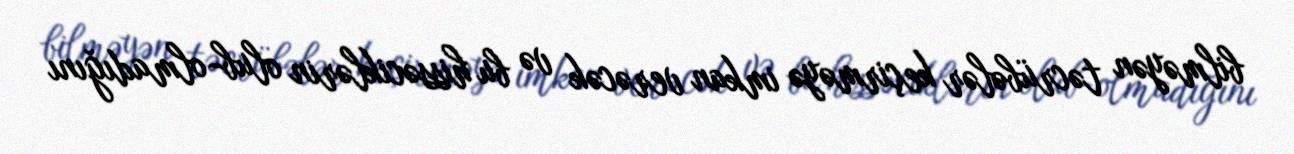
bilməyən təcrübələr keçirməyə imkan verəcək və bu hissəciklərin olub-olmadığını